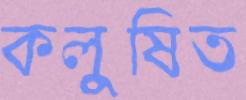
কলুষিত